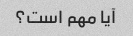
آیا مهم است؟